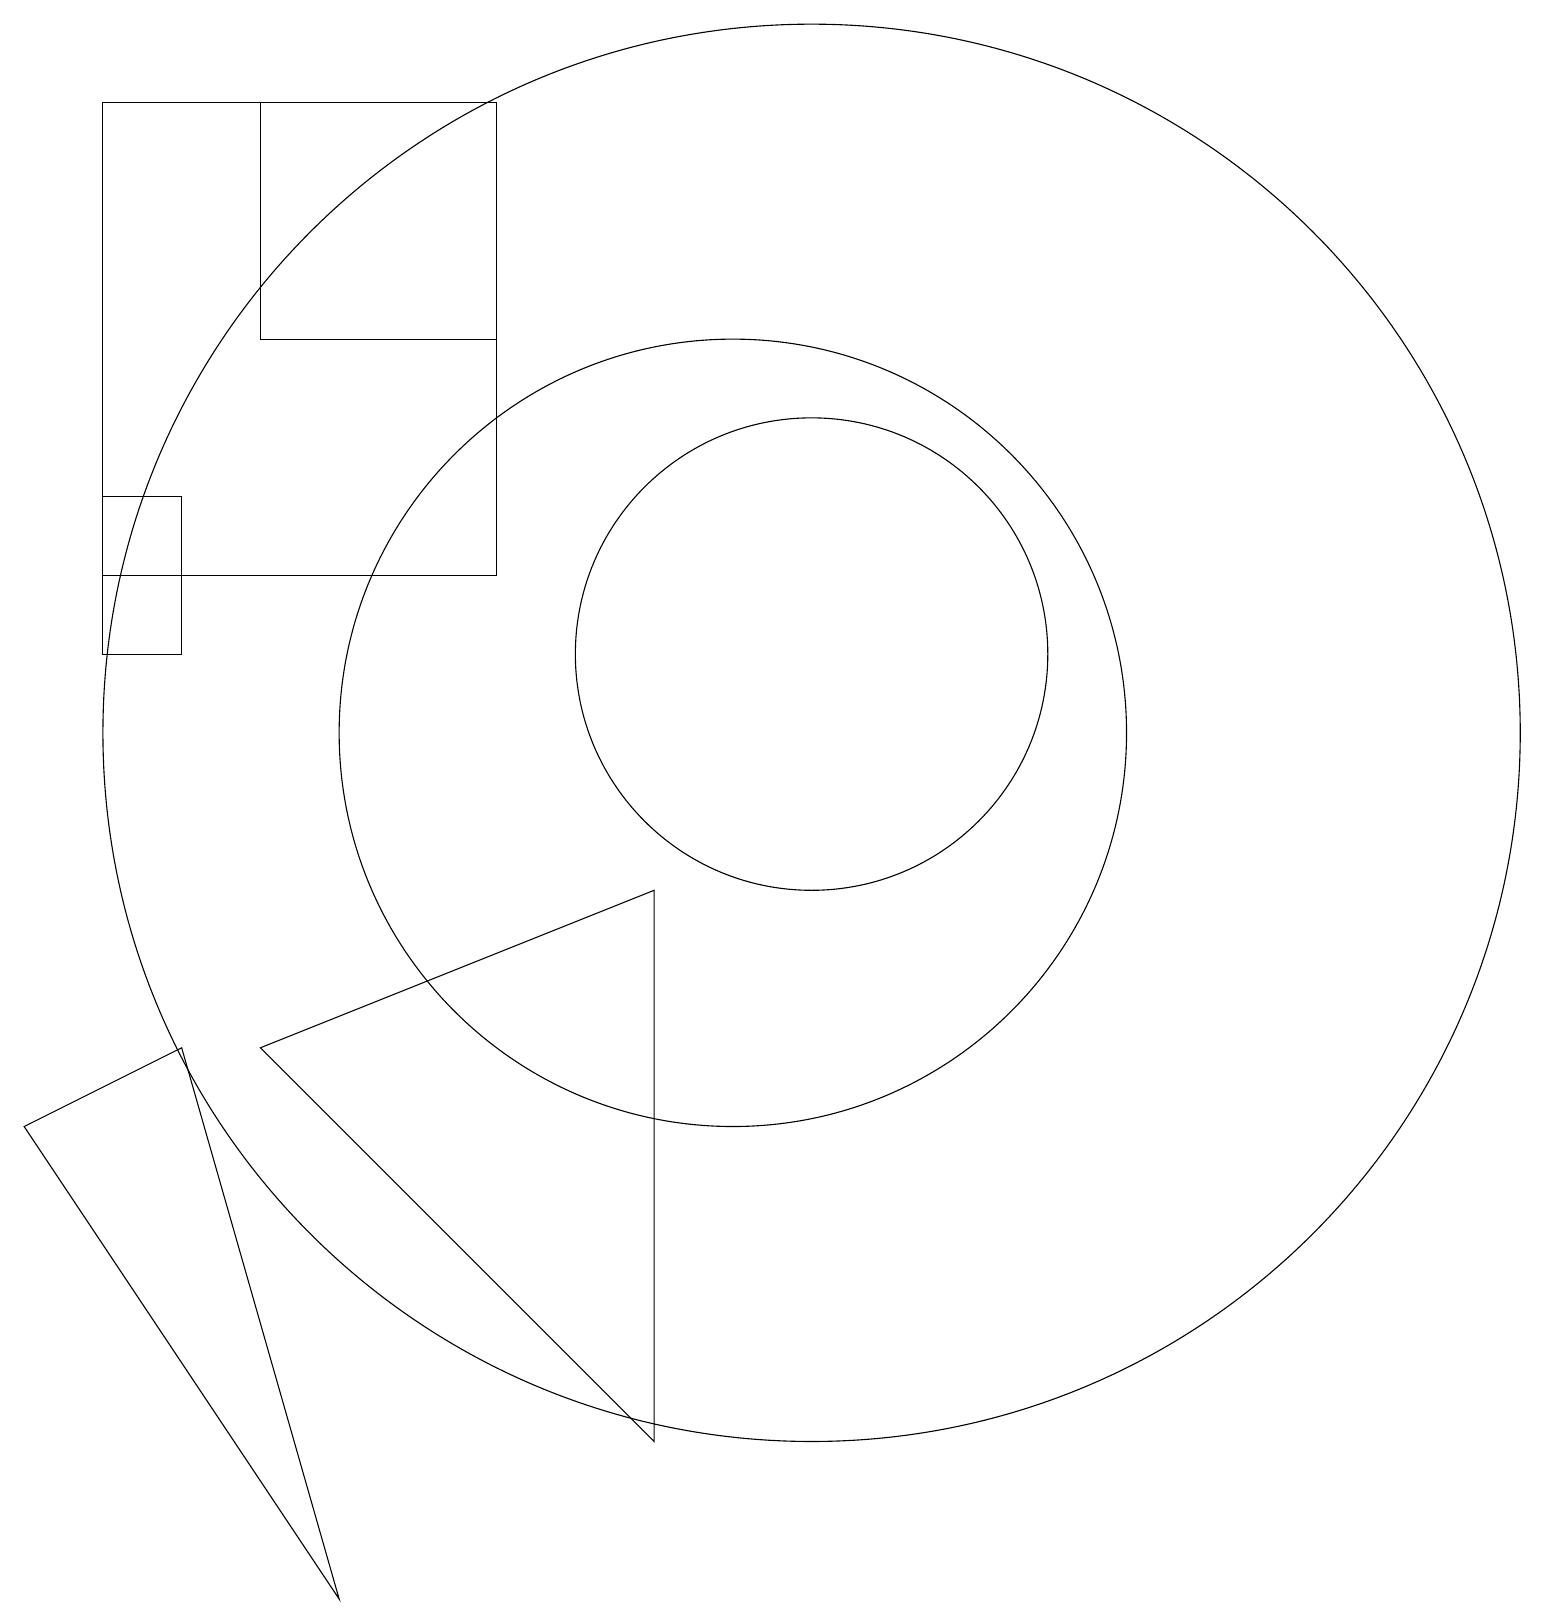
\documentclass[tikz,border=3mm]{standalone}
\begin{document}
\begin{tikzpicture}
\draw (10,11) circle (5);
\draw (9,9) -- (9,2) -- (4,7) -- cycle;
\draw (3,14) rectangle (2,12);
\draw (11,11) circle (9);
\draw (2,19) rectangle (7,13);
\draw (4,19) rectangle (7,16);
\draw (5,0) -- (1,6) -- (3,7) -- cycle;
\draw (11,12) circle (3);
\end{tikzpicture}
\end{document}